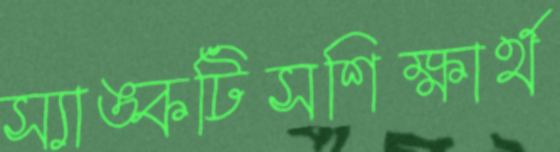
স্যাঙ্কটিসশিক্ষার্থ